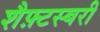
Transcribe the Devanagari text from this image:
शैफ़्टस्बरी